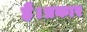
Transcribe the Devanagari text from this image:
है।प्रकार